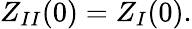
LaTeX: Z_{II}(0)=Z_{I}(0).